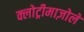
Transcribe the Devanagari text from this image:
क्लोट्रीमाज़ोले